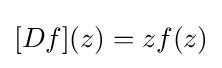
[Df](z)=zf(z)